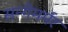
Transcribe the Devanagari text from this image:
सन्गेमर्मर